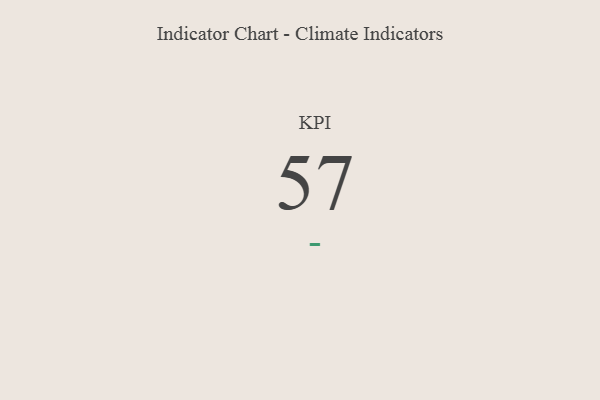
{"axis": {"x": "KPI", "y": "Value"}, "legend": [""], "data": [{"x": "KPI", "y": 57, "type": ""}]}